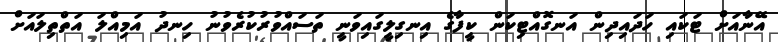
އޭނާއަށް ޓަކައި ހަދައިދިން އަނގޮއްޓިކަން ކީފާގެ އިނގިލީގައިވަނީ ތަސައްވުރުކުރެވުނު ހިނދު އަމިއްލަ އަތްތިލައަށް